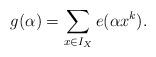
LaTeX: \begin{align*}g(\alpha) = \sum_{ x \in I_X } e(\alpha x^k).\end{align*}